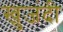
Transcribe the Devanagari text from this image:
खुजंदी